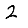
Digit: 2